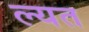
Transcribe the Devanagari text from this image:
ल्यत